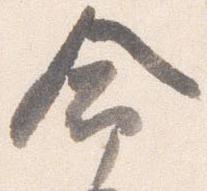
命